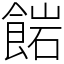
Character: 𩜠